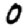
Digit: 0